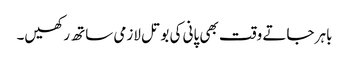
باہر جاتے وقت بھی پانی کی بوتل لازمی ساتھ رکھیں۔